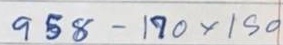
958 - 170 x 150